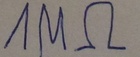
Text: 1MΩ